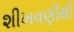
શીખવણીથી